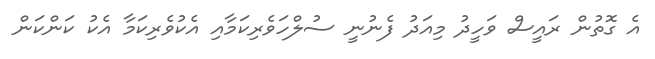
އެ ގޮތުން ރައީސް ވަހީދު މިއަދު ފެނުނީ ސުލްހަވެރިކަމާއި އެކުވެރިކަމާ އެކު ކަންކަން